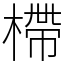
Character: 㯂